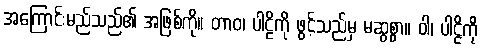
အကြောင်းမည်သည်၏ အဖြစ်ကို။ တာဝ၊ ပါဠိကို ဖွင့်သည်မှ မဆွစွာ။ ဝါ၊ ပါဠိကို